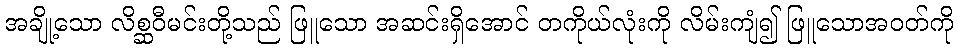
အချို့သော လိစ္ဆဝီမင်းတို့သည် ဖြူသော အဆင်းရှိအောင် တကိုယ်လုံးကို လိမ်းကျံ၍ ဖြူသောအဝတ်ကို